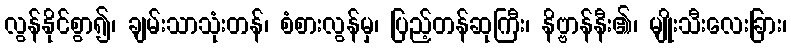
လွန်နိုင်စွာ၍၊ ချမ်းသာသုံးတန်၊ စံစားလွန်မှ၊ ပြည့်တန်ဆုကြီး၊ နိဗ္ဗာန်နီး၏၊ မျိုးသီးလေးခြား၊